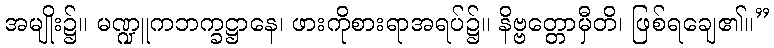
အမျိုး၌။ မဏ္ဍူကဘက္ခဋ္ဌာနေ၊ ဖားကိုစားရာအရပ်၌။ နိဗ္ဗတ္တောမှီတိ၊ ဖြစ်ရချေ၏။”